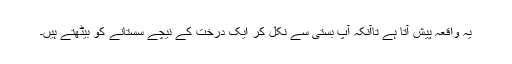
یہ واقعہ پیش آتا ہے تاآنکہ آپ بستی سے نکل کر ایک درخت کے نیچے سستانے کو بیٹھتے ہیں۔